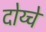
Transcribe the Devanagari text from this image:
दोय्चे